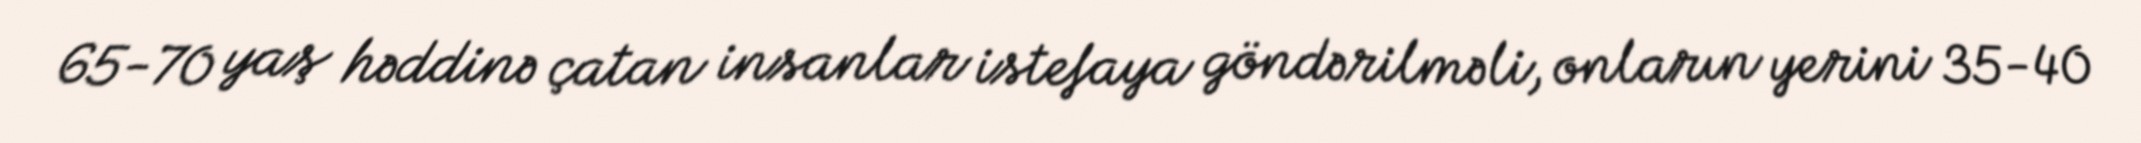
65-70 yaş həddinə çatan insanlar istefaya göndərilməli, onların yerini 35-40